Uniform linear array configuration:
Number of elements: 4
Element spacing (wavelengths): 0.75
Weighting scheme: kaiser
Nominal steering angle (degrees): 15
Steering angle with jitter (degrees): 14.664
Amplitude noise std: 0.05
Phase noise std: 0.05

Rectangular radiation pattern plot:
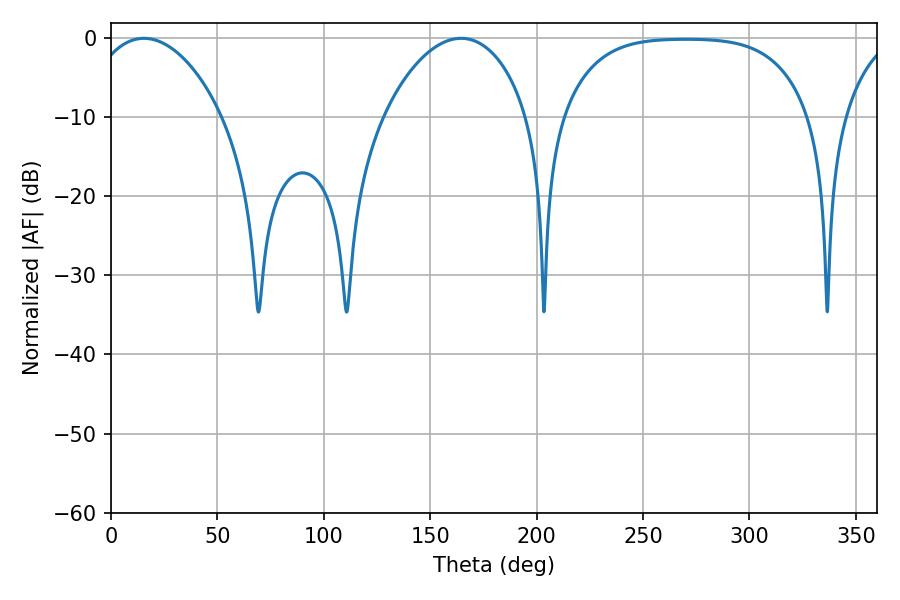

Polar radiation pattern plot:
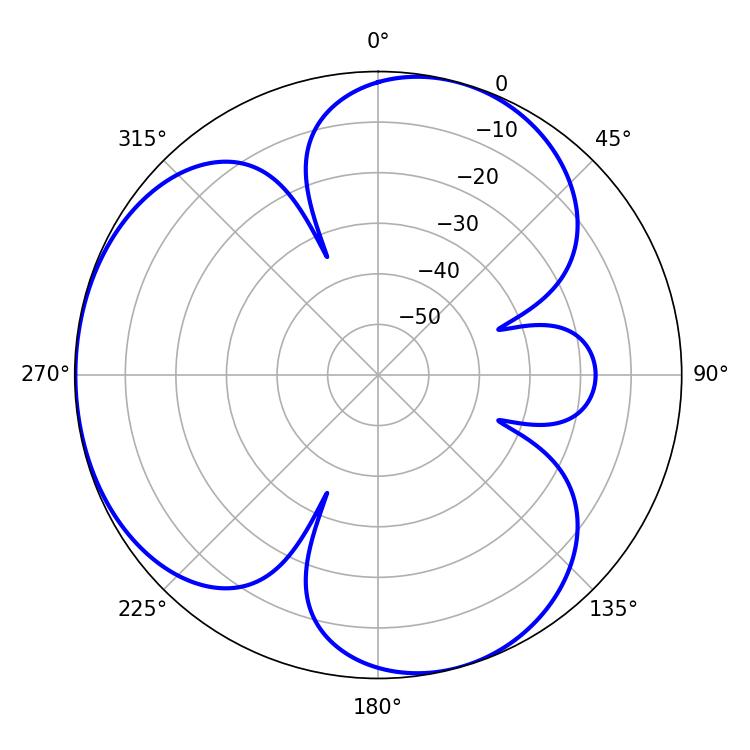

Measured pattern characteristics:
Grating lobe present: TRUE
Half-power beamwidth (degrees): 35.64
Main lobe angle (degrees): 15.48